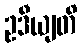
ဥဒီယျတိ